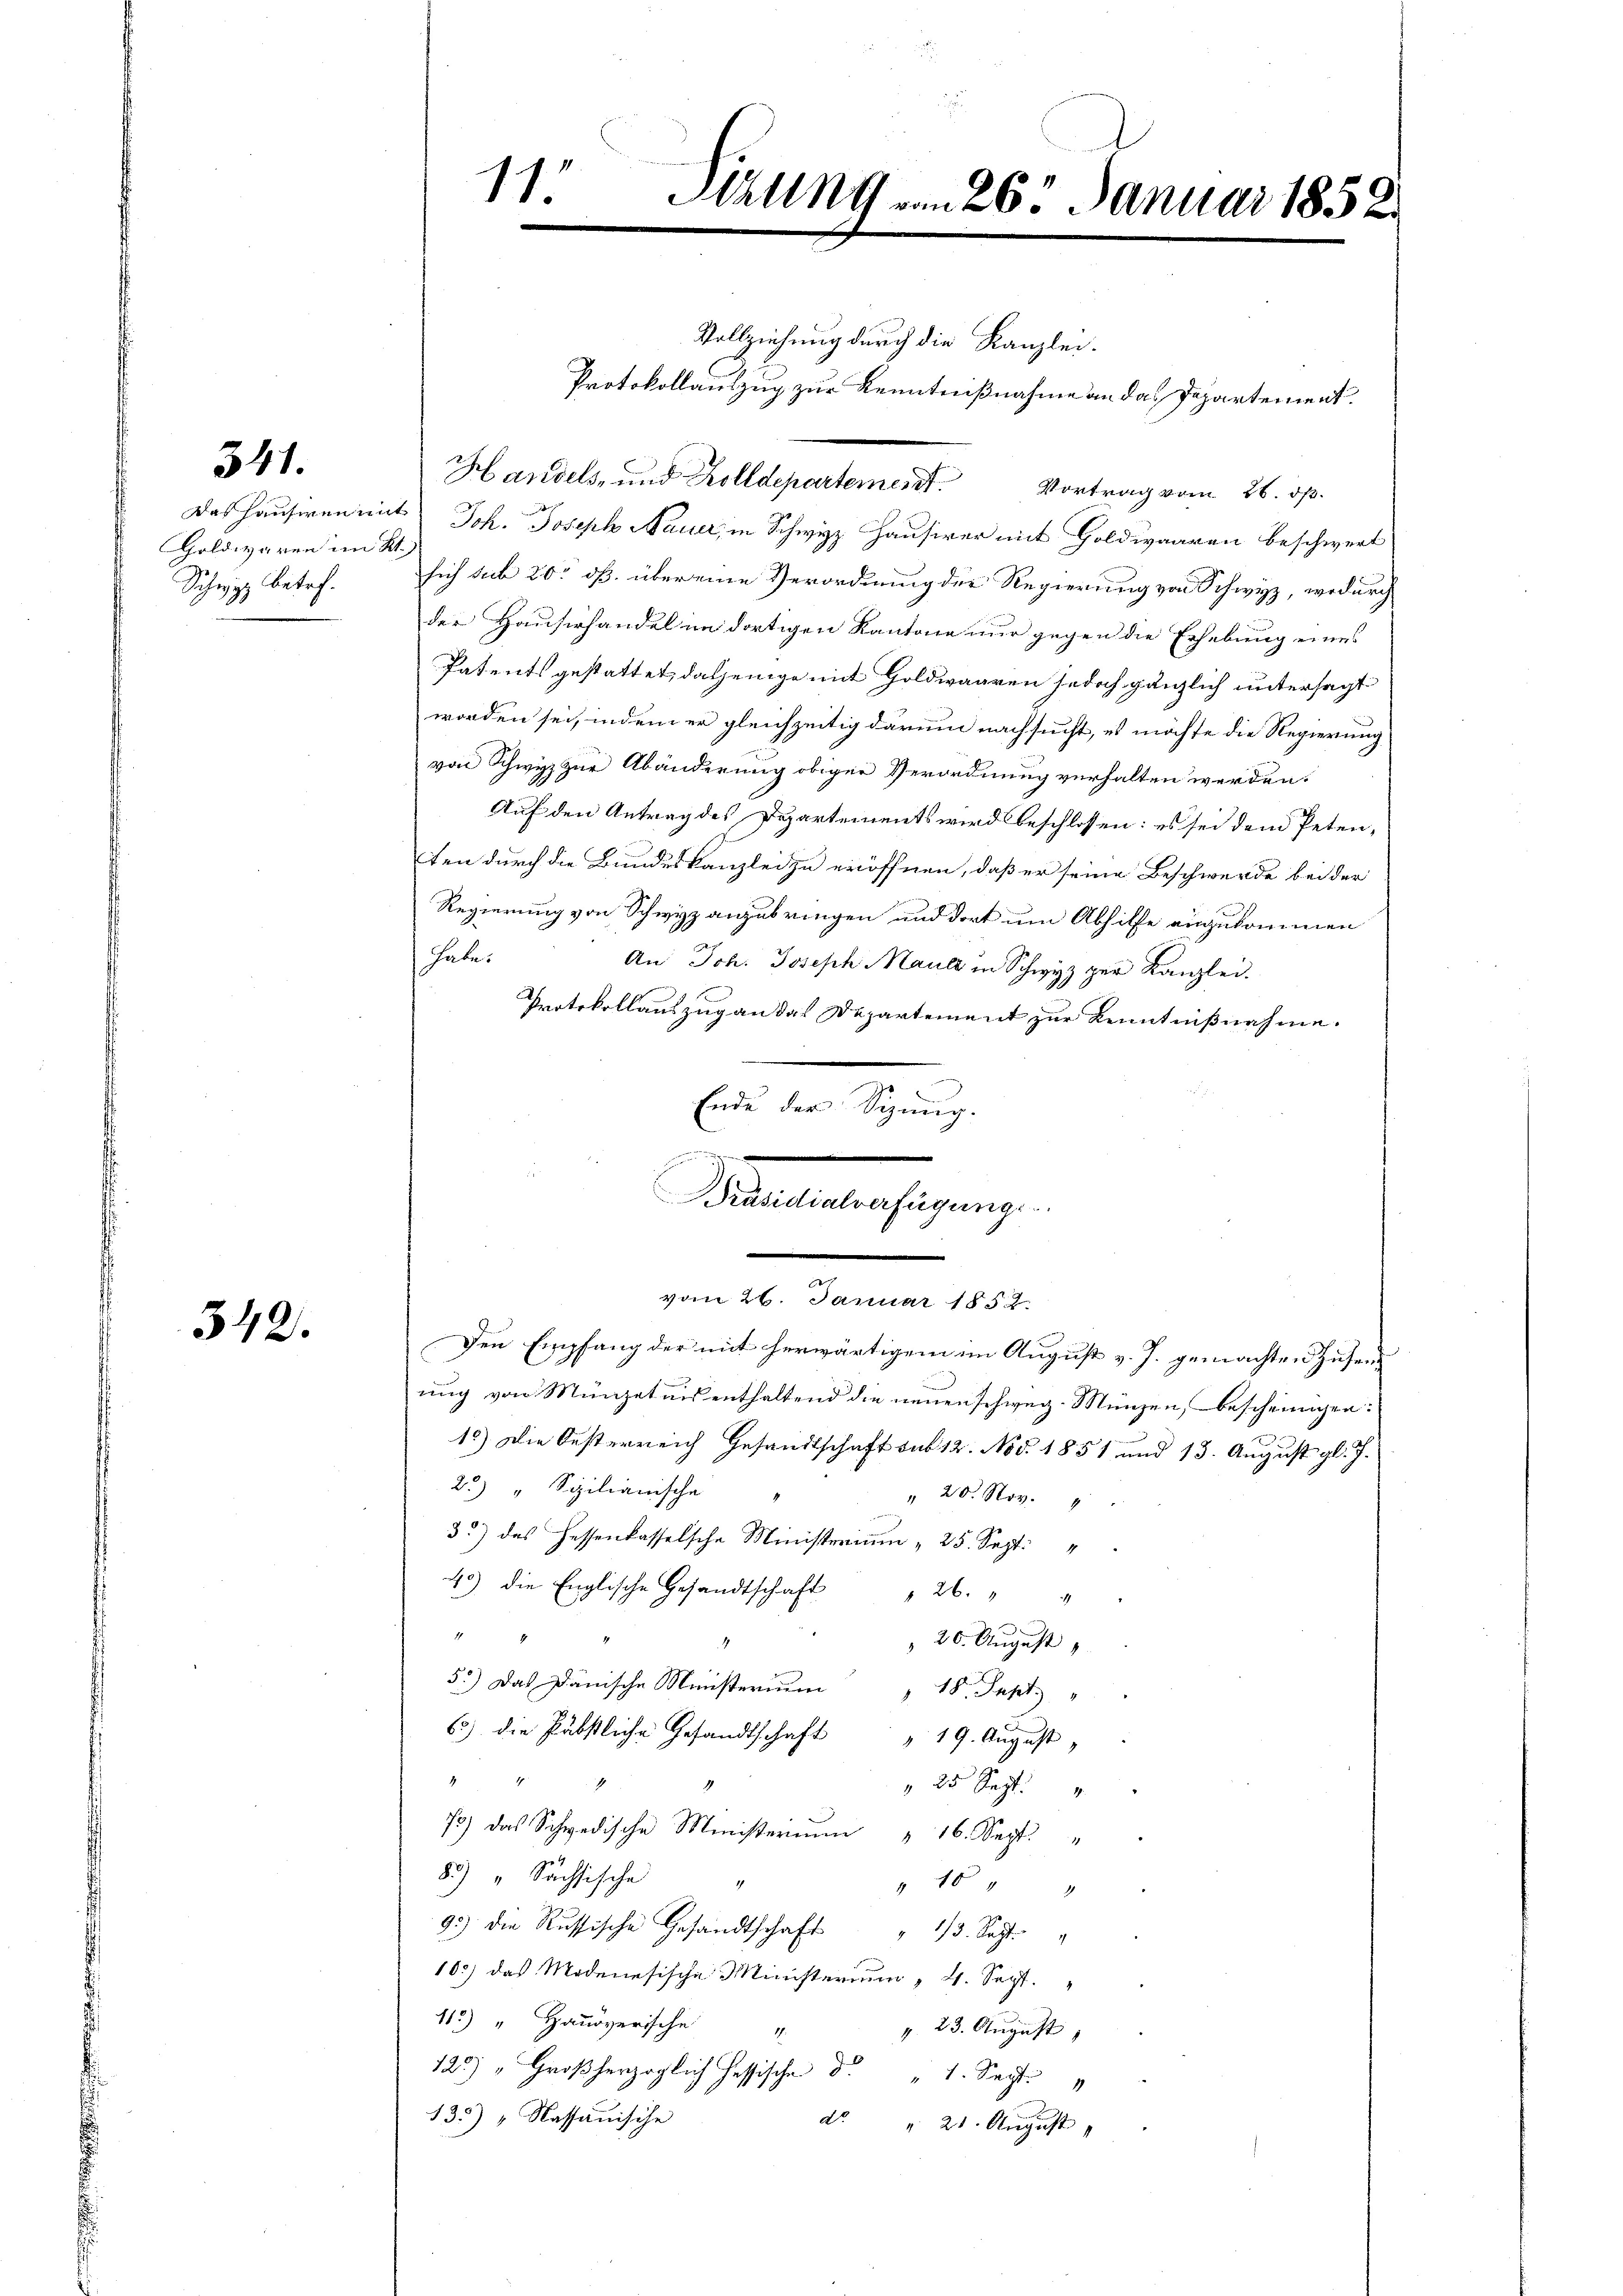
Galdwaren im Kt.

341.

Vollziehung durch die Kanzlei.
Das Hauseren mit Joh. Joseph Mauer, in Schwyz Hausirer mit Holdwaaren beschwert
Schwyz betr. sich sich 20. ds. über eine Verordnung der Regierung von Schwyz, wodurch
der Hausirhandel im dortigen Kantone nur gegen die Erhebung eines
Patents gestattet, dasjenige mit Goldwaaren jedoch gänzlich untersagt
worden sei, indem er gleichzeitig darum nachsucht, es möchte die Regierung
von Schwyz zur Abänderung obiger Verordnung verhalten werden.
Auf den Antrag des Departements wird beschlossen: es sei dem Petenten durch die Bundeskanzlei zu eröffnen, daß er seine Beschwerde bei der
Regierung von Schwyz anzubringen und dort um Abhilfe einzukommen
habe.
An Joh. Joseph Maule in Schwyz per Kanzlei.
Protokollauszug an das Departement zur Kenntnißnahme.
Ende der Sitzung.

342.
Den Empfang der mit herwärtigem im August v. J. gemachten Zusen
uug von Münzetnis enthaltend die neuen schweg-Münzen, bescheinigen:
15) Die Oesterreich Gesandtschaft sub 12. Nov. 1851 und 13. August gl. J.
22) " Sizilianische
" 20. Nov.
32) das Fessenkasselsche Ministerium 25. Sept.
45) die Englische Gesandtschaft " 26. " "
.
 20. August
55) Das Dänische Ministerium 18. Sept.
6) die Päbstliche Gesandtschaft 19. August,
A
 25 Sept. 1
73) das Schwedische Ministerium 16. Sept. "
82) " Sächsische
4
 16 "
93) die Russische Gesandtschaft " 13. Sept. "
103) das Modenesische Ministerium 4. Sept.
112) " Hausversche
v. 23. August,
125) " Großherzoglich hessische d. " 1. Sept. 1
135) „Nassauische
d. " 21. August

11. Milln9 vom 26. Januar 1858.

Protokollauszug zur Kenntnißnahme an das Departement.

Handels- und Zolldepartement. Vortrag vom 26. dß.

Präsidialverfügungs
 lt. Januar 1890.